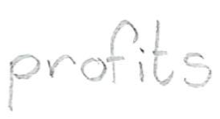
Text: profits
Cross-out: clean
Writing tool: pencil